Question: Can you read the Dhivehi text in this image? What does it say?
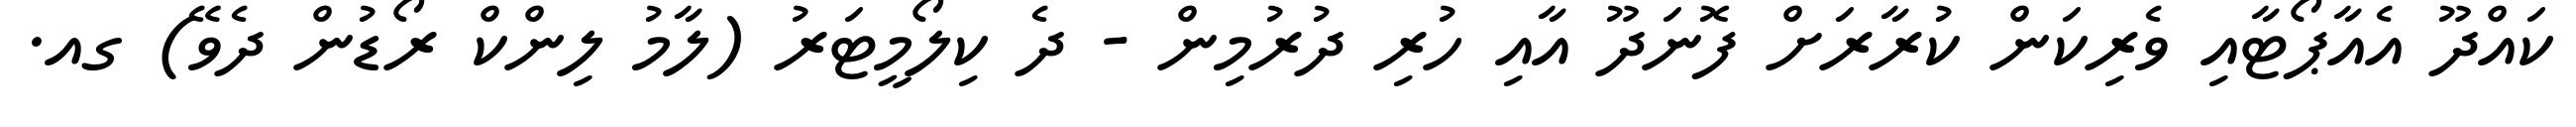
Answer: ކައްދޫ އެއާޕޯޓާއި ވެރިކަން ކުރާރަށް ފޮނަދޫ އާއި ހުރި ދުރުމިން - ދެ ކިލޯމީޓަރު (ލާމު ލިންކް ރޯޑުން ދެވޭ) ގއ.